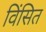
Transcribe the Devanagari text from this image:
विंसित